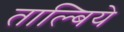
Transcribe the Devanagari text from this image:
ताल्बिये